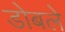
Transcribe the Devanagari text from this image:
डोबले